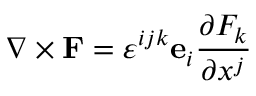
\nabla \times \mathbf { F } = \varepsilon ^ { i j k } \mathbf { e } _ { i } { \frac { \partial F _ { k } } { \partial x ^ { j } } }